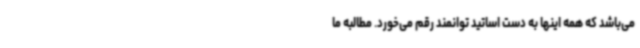
می‌باشد که همه اینها به دست اساتید توانمند رقم می‌خورد. مطالبه ما